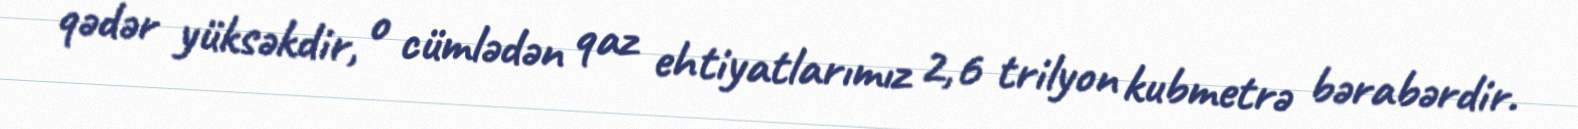
qədər yüksəkdir, o cümlədən qaz ehtiyatlarımız 2,6 trilyon kubmetrə bərabərdir.